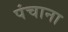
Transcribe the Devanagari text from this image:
पंचाना